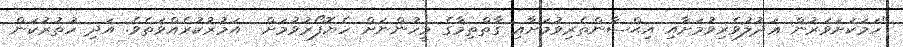
"ހަމަކަށަވަރުން ޢަދުލުވެރިވުމަށާއި އިޙްސާންތެރިވުމަށާއި ގާތްތިމާގެ މީހުންނަށް ހެޔޮފޯރުވުމަށް  އަމުރުކުރެއްވަތެވެ. އަދި ހުތުރުކަން